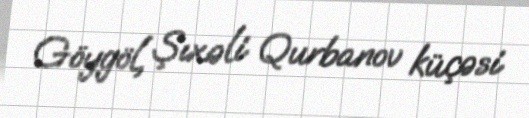
Göygöl, Şıxəli Qurbanov küçəsi